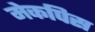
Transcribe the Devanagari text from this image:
मेकपिस